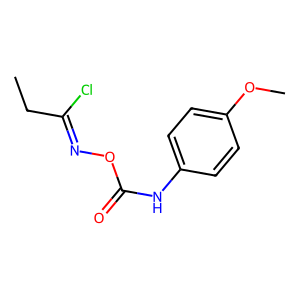
SMILES: CCC(Cl)=NOC(=O)Nc1ccc(OC)cc1
Inhibits HIV replication: No